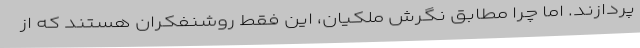
پردازند. اما چرا مطابق نگرش ملکیان، این فقط روشنفکران هستند که از